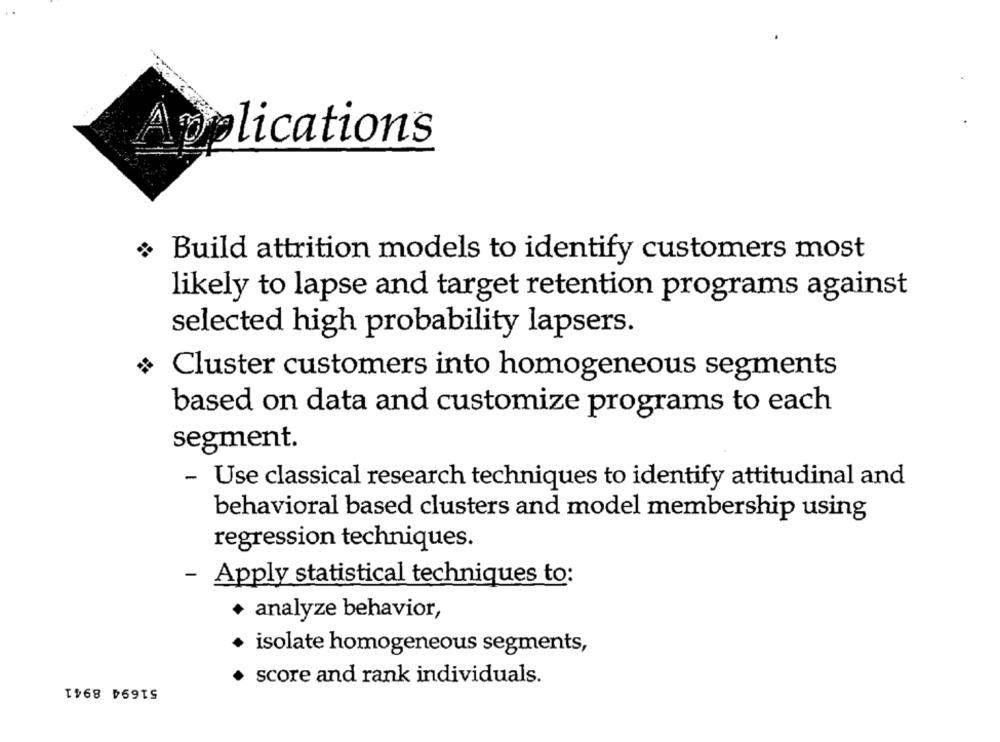
Applications
Build attrition models to identify customers most
likely to lapse and target retention programs against
selected high probability lapsers.
Cluster customers into homogeneous segments
based on data and customize programs to each
segment.
- Use classical research techniques to identify attitudinal and
behavioral based clusters and model membership using
regression techniques.
- Apply statistical techniques to:
· analyze behavior,
isolate homogeneous segments,
51694 8941
score and rank individuals.